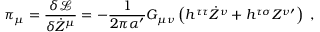
\pi _ { \mu } = \frac { \delta \mathcal { L } } { \delta \dot { Z } ^ { \mu } } = - \frac { 1 } { 2 \pi \alpha ^ { \prime } } G _ { \mu \nu } \left( h ^ { \tau \tau } \dot { Z } ^ { \nu } + h ^ { \tau \sigma } Z ^ { \nu \prime } \right) \ ,